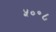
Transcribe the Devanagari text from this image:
५०॰८